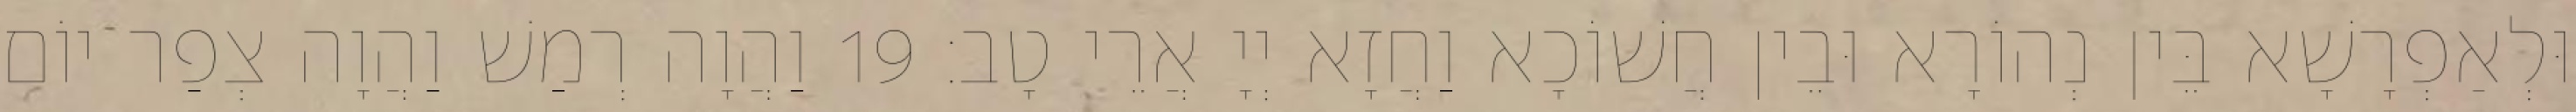
וּלְאַפְרָשָׁא בֵּין נְהוֹרָא וּבֵין חֲשׁוֹכָא וַחֲזָא יְיָ אֲרֵי טָב׃ 19 וַהֲוָה רְמַשׁ וַהֲוָה צְפַר יוֹם